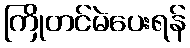
ကြိုတင်မဲပေးရန်